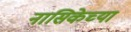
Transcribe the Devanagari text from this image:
नासिकेच्या